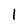
Character: I